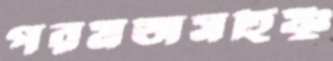
পরমতাসহিষ্ণু